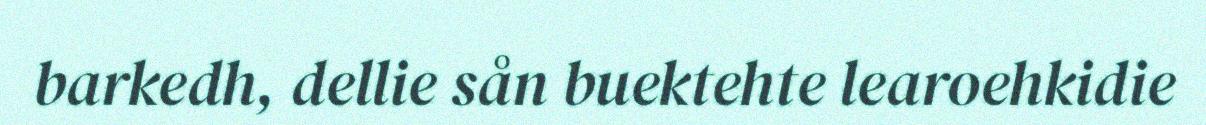
barkedh, dellie sån buektehte learoehkidie